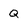
Character: Q